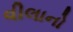
વીલાનો